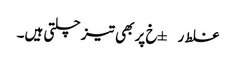
غلط ر±خ پر بھی تیز چلتی ہیں۔